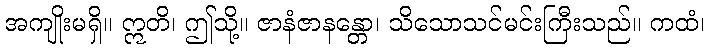
အကျိုးမရှိ။ ဣတိ၊ ဤသို့။ ဇာနံဇာနန္တော၊ သိသောသင်မင်းကြီးသည်။ ကထံ၊